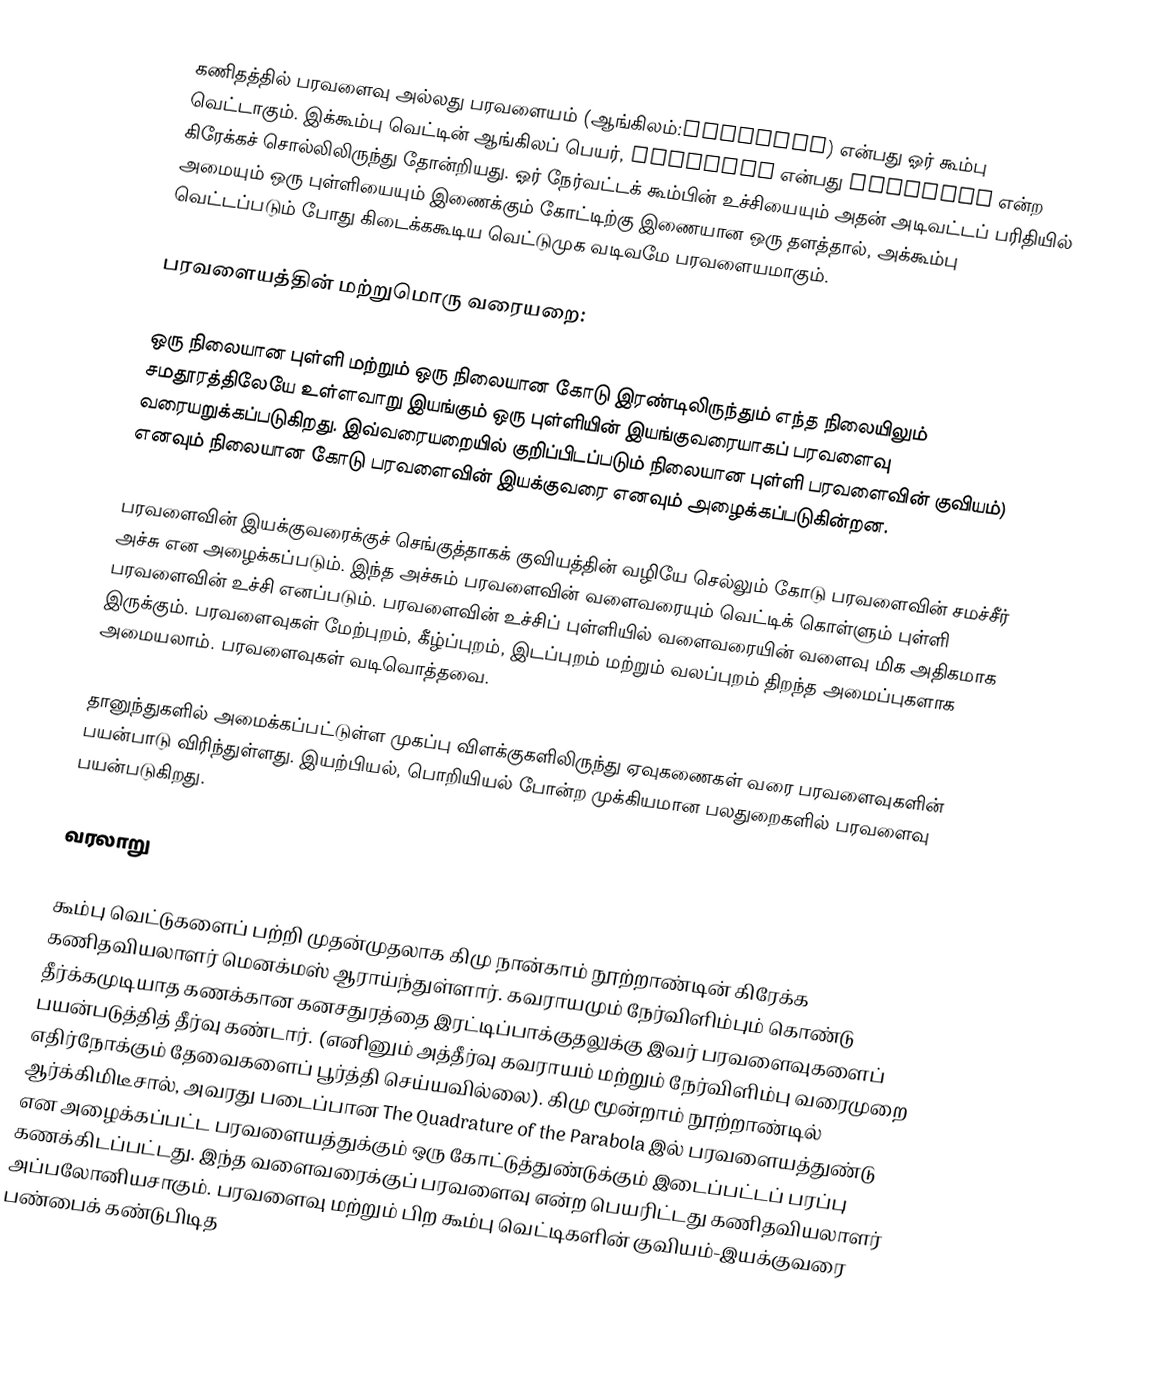
கணிதத்தில் பரவளைவு அல்லது பரவளையம் (ஆங்கிலம்:parabola) என்பது ஓர் கூம்பு வெட்டாகும். இக்கூம்பு வெட்டின் ஆங்கிலப் பெயர், parabola என்பது παραβολή என்ற கிரேக்கச் சொல்லிலிருந்து தோன்றியது. ஓர் நேர்வட்டக் கூம்பின் உச்சியையும் அதன் அடிவட்டப் பரிதியில் அமையும் ஒரு புள்ளியையும் இணைக்கும் கோட்டிற்கு இணையான ஒரு தளத்தால், அக்கூம்பு வெட்டப்படும் போது கிடைக்ககூடிய வெட்டுமுக வடிவமே பரவளையமாகும்.

பரவளையத்தின் மற்றுமொரு வரையறை:

ஒரு நிலையான புள்ளி மற்றும் ஒரு நிலையான கோடு இரண்டிலிருந்தும் எந்த நிலையிலும் சமதூரத்திலேயே உள்ளவாறு இயங்கும் ஒரு புள்ளியின் இயங்குவரையாகப் பரவளைவு வரையறுக்கப்படுகிறது. இவ்வரையறையில் குறிப்பிடப்படும் நிலையான புள்ளி பரவளைவின் குவியம்) எனவும் நிலையான கோடு பரவளைவின் இயக்குவரை எனவும் அழைக்கப்படுகின்றன.

பரவளைவின் இயக்குவரைக்குச் செங்குத்தாகக் குவியத்தின் வழியே செல்லும் கோடு பரவளைவின் சமச்சீர் அச்சு என அழைக்கப்படும். இந்த அச்சும் பரவளைவின் வளைவரையும் வெட்டிக் கொள்ளும் புள்ளி பரவளைவின் உச்சி எனப்படும். பரவளைவின் உச்சிப் புள்ளியில் வளைவரையின் வளைவு மிக அதிகமாக இருக்கும். பரவளைவுகள் மேற்புறம், கீழ்ப்புறம், இடப்புறம் மற்றும் வலப்புறம் திறந்த அமைப்புகளாக அமையலாம். பரவளைவுகள் வடிவொத்தவை.

தானுந்துகளில் அமைக்கப்பட்டுள்ள முகப்பு விளக்குகளிலிருந்து ஏவுகணைகள் வரை பரவளைவுகளின் பயன்பாடு விரிந்துள்ளது. இயற்பியல், பொறியியல் போன்ற முக்கியமான பலதுறைகளில் பரவளைவு பயன்படுகிறது.

வரலாறு

கூம்பு வெட்டுகளைப் பற்றி முதன்முதலாக கிமு நான்காம் நூற்றாண்டின் கிரேக்க கணிதவியலாளர் மெனக்மஸ் ஆராய்ந்துள்ளார். கவராயமும் நேர்விளிம்பும் கொண்டு தீர்க்கமுடியாத கணக்கான கனசதுரத்தை இரட்டிப்பாக்குதலுக்கு இவர் பரவளைவுகளைப் பயன்படுத்தித் தீர்வு கண்டார்.  (எனினும் அத்தீர்வு கவராயம் மற்றும் நேர்விளிம்பு வரைமுறை எதிர்நோக்கும் தேவைகளைப் பூர்த்தி செய்யவில்லை). கிமு மூன்றாம் நூற்றாண்டில் ஆர்க்கிமிடீசால், அவரது படைப்பான The Quadrature of the Parabola இல் பரவளையத்துண்டு என அழைக்கப்பட்ட பரவளையத்துக்கும் ஒரு கோட்டுத்துண்டுக்கும் இடைப்பட்டப் பரப்பு கணக்கிடப்பட்டது. இந்த வளைவரைக்குப் பரவளைவு என்ற பெயரிட்டது கணிதவியலாளர் அப்பலோனியசாகும். பரவளைவு மற்றும் பிற கூம்பு வெட்டிகளின் குவியம்-இயக்குவரை பண்பைக் கண்டுபிடித